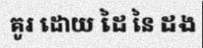
គូរ ដោយ ដៃ នៃ ដង